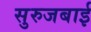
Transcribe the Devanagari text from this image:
सुरुजबाई